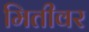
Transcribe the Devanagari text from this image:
मितीवर